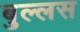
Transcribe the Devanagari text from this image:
बुल्लस